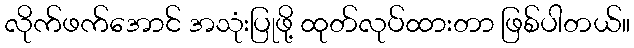
လိုက်ဖက်အောင် အသုံးပြုဖို့ ထုတ်လုပ်ထားတာ ဖြစ်ပါတယ်။